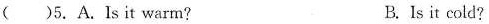
( )5.A.Is it warm？ B.Is it cold？